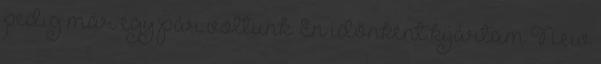
pedig már egy pár voltunk. Én időnként kijártam New